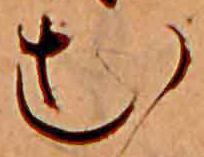
む